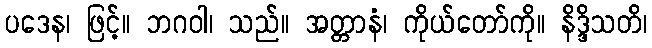
ပဒေန၊ ဖြင့်။ ဘဂဝါ၊ သည်။ အတ္တာနံ၊ ကိုယ်တော်ကို။ နိဒ္ဒိသတိ၊